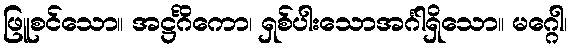
ဖြူစင်သော။ အဋ္ဌင်္ဂိကော၊ ရှစ်ပါးသောအင်္ဂါရှိသော။ မဂ္ဂေါ၊